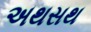
અથસથ